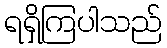
ရရှိကြပါသည်